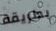
بطريقة